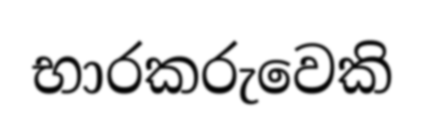
භාරකරුවෙකි